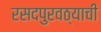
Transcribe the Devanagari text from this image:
रसदपुरवठ्याची